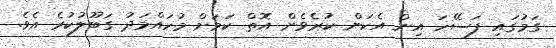
ގަމުގައި ފަސޭހަ އިން އެކަން ކުރެވެން އޮތް ކަމަށް މުހައްމަދު ގަބޫލުކުރެ އެވެ.